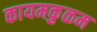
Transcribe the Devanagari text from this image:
कायमकुळम